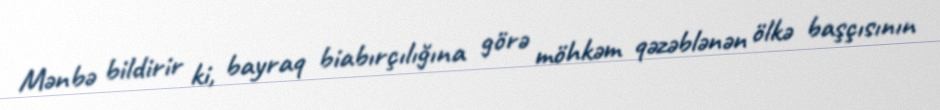
Mənbə bildirir ki, bayraq biabırçılığına görə möhkəm qəzəblənən ölkə başçısının